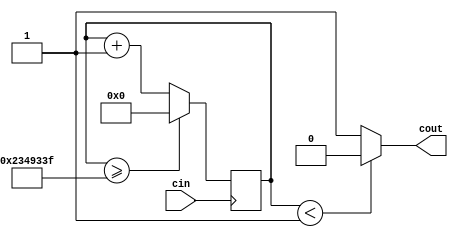
module ClockDivider(cin,cout);

// Based on code from fpga4student.com
// cin is the input clock; if from the DE10-Lite,
// the input clock will be at 50 MHz
// The clock divider counts 50 million cycles of the input clock
// before resetting, i.e., it resets once per second
// The output is zero for the first half of the 50 million cycles,
// and 1 for the second half, i.e., it is now a 1 Hz clock

input cin;
output cout;

reg[31:0] count = 32'd0;
parameter D = 32'd37000000;  // decrease little to slow

always @(posedge cin)
begin
	count <= count + 32'd1;
	if (count >= D-1)
		count <= 32'd0;
end

assign cout = (count < D/31999999) ? 1'b0 : 1'b1;  // increase little to slow

endmodule